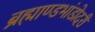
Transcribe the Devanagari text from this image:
ब्रह्माण्डभांडोदरी